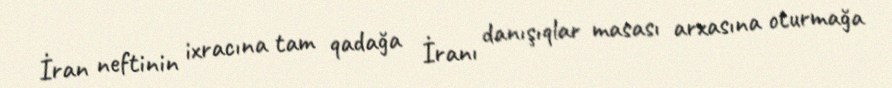
İran neftinin ixracına tam qadağa İranı danışıqlar masası arxasına oturmağa